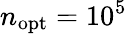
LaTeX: n_{\mathrm{opt}}=10^{5}